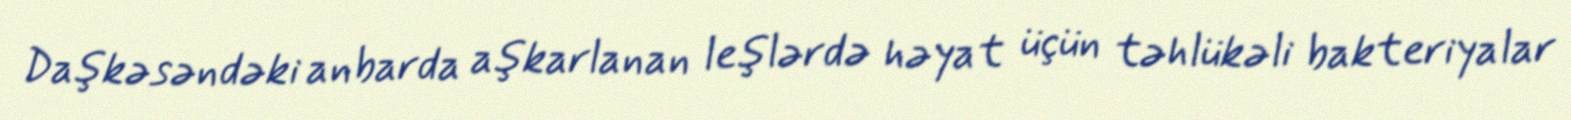
Daşkəsəndəki anbarda aşkarlanan leşlərdə həyat üçün təhlükəli bakteriyalar